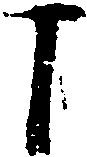
丁